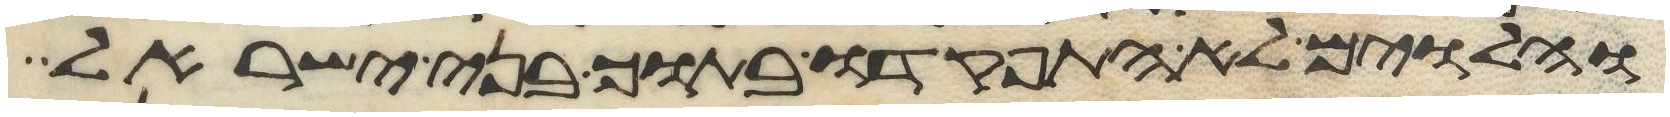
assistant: והלוים לא התפקדו בתוך בני ישראל